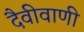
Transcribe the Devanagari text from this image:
दैवीवाणी